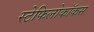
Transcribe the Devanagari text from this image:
स्टेफिलोकॉकस